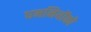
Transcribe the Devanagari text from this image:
धमनियोंको